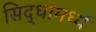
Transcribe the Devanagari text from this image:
सिद्धांमध्यें